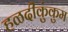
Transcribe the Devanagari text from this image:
हळदीकुंकुम